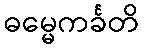
ဓမ္မေကင်္ခတိ